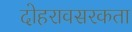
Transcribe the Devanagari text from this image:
दोहरावसरकता